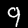
Digit: 9